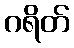
ဂရိတ်